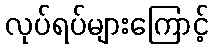
လုပ်ရပ်များကြောင့်